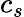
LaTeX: c_{s}